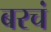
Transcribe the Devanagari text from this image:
बरचं